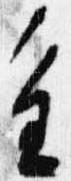
重